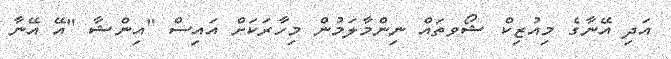
އަދި އޭނާގެ މިއުޒިކް ޝޯވތައް ނިންމާލަމުން މިހާރަކަށް އައިސް "އިންޝާ "އޭ އޭނާ